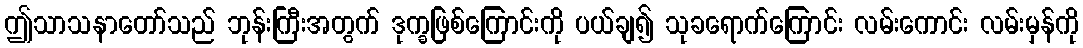
ဤသာသနာတော်သည် ဘုန်းကြီးအတွက် ဒုက္ခဖြစ်ကြောင်းကို ပယ်ချ၍ သုခရောက်ကြောင်း လမ်းကောင်း လမ်းမှန်ကို